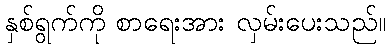
နှစ်ရွက်ကို စာရေးအား လှမ်းပေးသည်။